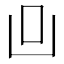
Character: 𠙼